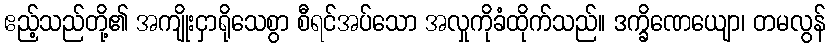
ဧည့်သည်တို့၏ အကျိုးငှာရိုသေစွာ စီရင်အပ်သော အလှုကိုခံထိုက်သည်။ ဒက္ခိဏေယျော၊ တမလွန်